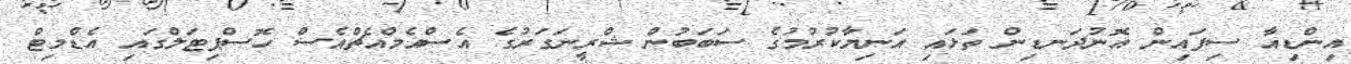
އިންޑިއާ ސިފައިން އޮނުދަނޑިން ތަޅައި އަނިޔާކުރުމުގެ ސަބަބުން ޝްރީނަގަރުގެ އެސްއެމްއެޗްއެސް ހޮސްޕިޓަލްގައި އެޑްމިޓް